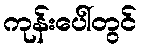
ကုန်းပေါ်တွင်